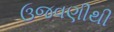
ઉજવણીથી